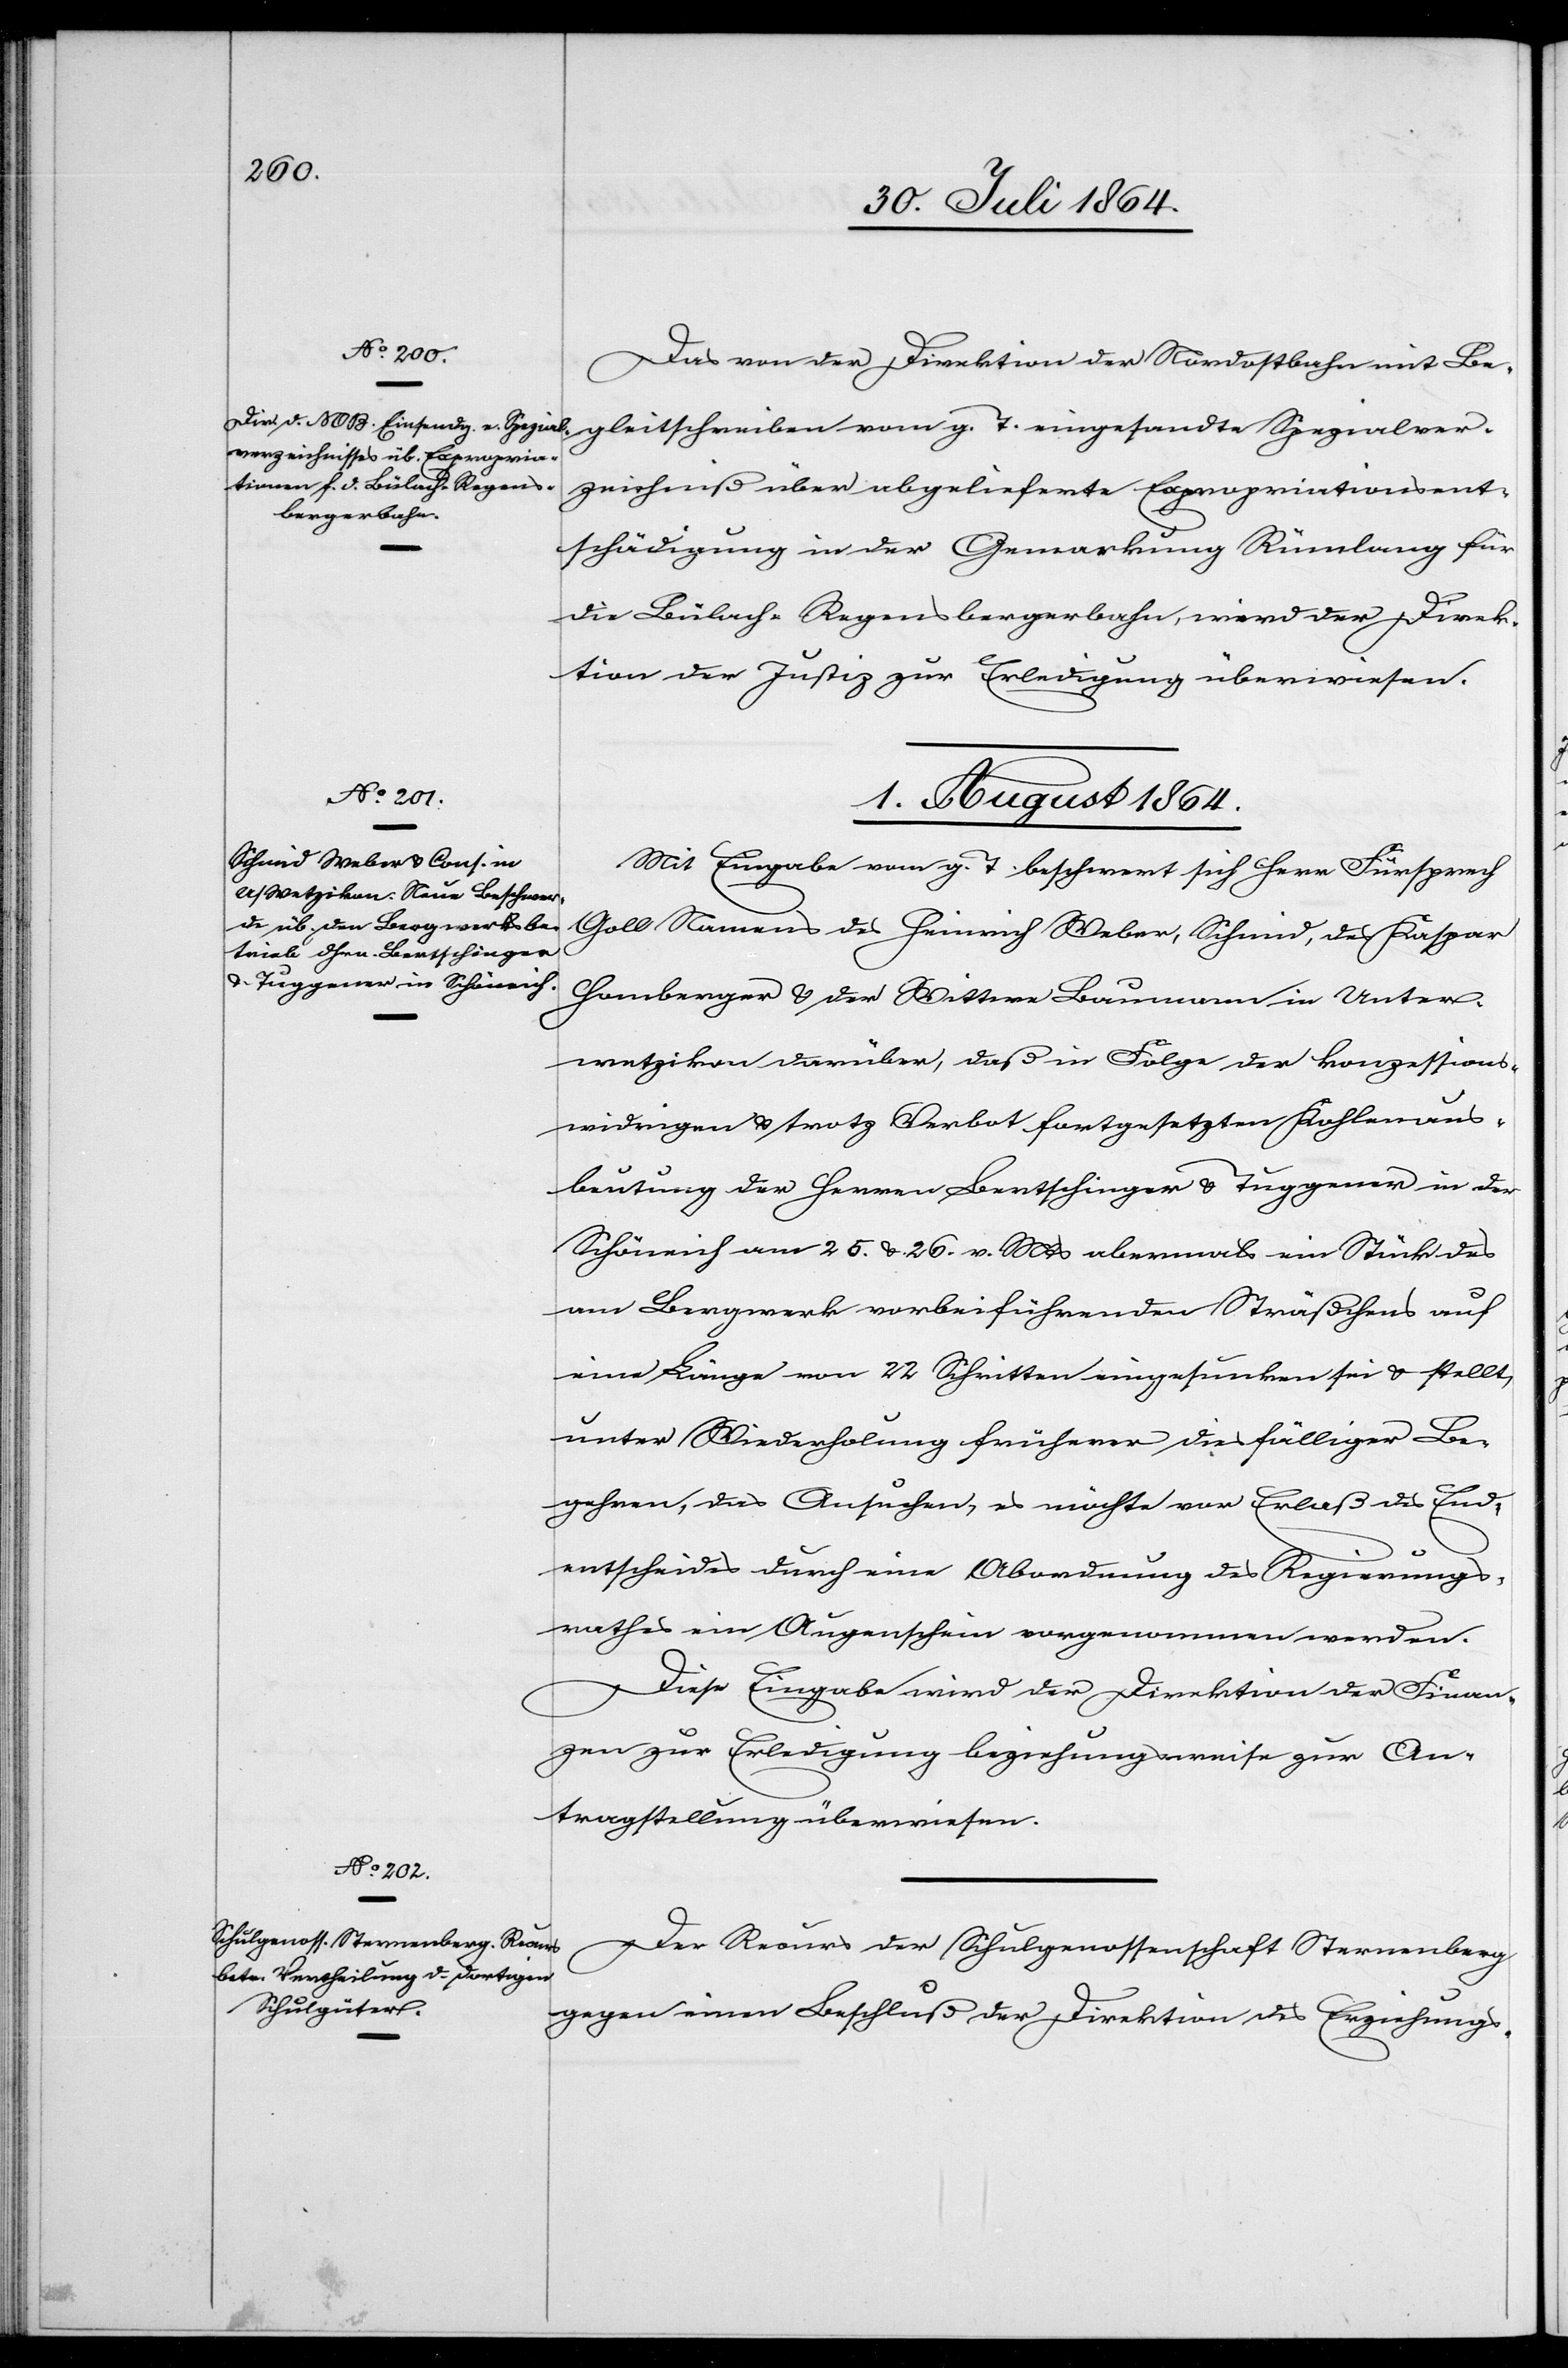
31. Juli 1864.]
Das von der Direktion der Nordostbahn mit Be¬
gleitschreiben vom g. T. eingesandte Spezialver¬
zeichniß über abgelieferte Expropriationsent¬
schädigung in der Gemarkung Rümlang für
die Bülach–Regensbergerbahn, wird der Direk¬
tion der Justiz zur Erledigung überwiesen.
1. August 1864.]
Mit Eingabe vom g. T. beschwert sich Herr Fürsprech
Goll Namens des Heinrich Weber, Schmid, des Kaspar
Homberger & der Wittwe Baumann in Unter¬
wetzikon darüber, daß in Folge der konzessions¬
widrigen & trotz Verbot fortgesetzten Kohlenaus¬
beutung der Herren Bertschinger & Tuggener in der
Schöneich vom 5. & 26. v. Mts. abermals ein Stück des
am Bergwerk vorbeiführenden Sträßchens auf
eine[r] Länge von 22 Schritten eingesunken sei & stellt,
unter Wiederholung früherer diesfälliger Be¬
gehren, das Ansuchen, es möchte vor Erlaß des E¬
ntscheides durch eine Abordnung des Regierungs¬
rathes ein Augenschein vorgenommen werden.
Diese Eingabe wird der Direktion der Finan¬
zen zur Erledigung beziehungsweise zur An¬
tragstellung überwiesen.
Der Recurs der Schulgenossenschaft Sternenberg
gegen einen Beschluß der Direktion des Erziehungs-